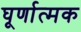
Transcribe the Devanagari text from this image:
घूर्णात्मक